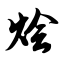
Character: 烩